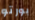
بورتو